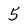
Character: 5